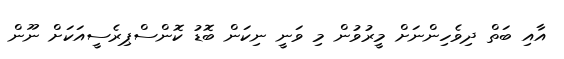
އާއި ބަތް ދިވެހިންނަށް މީރުވުން މި ވަނީ ނިކަން ބޮޑު ކޮންސްޕިރެސީއަކަށް ނޫން